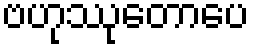
ဗဟုဿုတောပေ